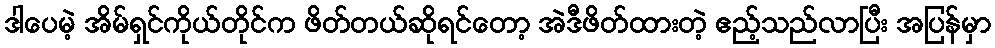
ဒါပေမဲ့ အိမ်ရှင်ကိုယ်တိုင်က ဖိတ်တယ်ဆိုရင်တော့ အဲဒီဖိတ်ထားတဲ့ ဧည့်သည်လာပြီး အပြန်မှာ